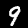
Digit: 9